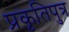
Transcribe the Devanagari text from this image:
प्रकृतिपुत्र